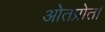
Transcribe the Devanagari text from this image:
ओतप्रोत।